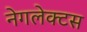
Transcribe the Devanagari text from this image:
नेगलेक्टस